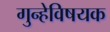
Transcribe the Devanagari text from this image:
गुन्हेविषयक